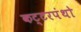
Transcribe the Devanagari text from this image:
कट्टरपंथो